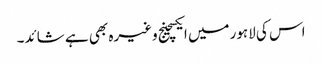
اس کی لاہورمیں ایکسچینج وغیرہ بھی ہے شائد۔